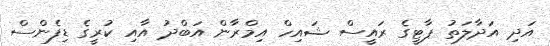
އަދި އަދާލަތު ޕާޓީގެ ރައީސް ޝައިހް އިމްރާން އަބްދު އާއި ކުރީގެ ޑިފެންސް